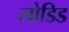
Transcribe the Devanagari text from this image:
लोडिड